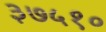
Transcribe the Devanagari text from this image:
३७५१०